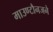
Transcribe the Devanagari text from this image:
माउण्टौनजने